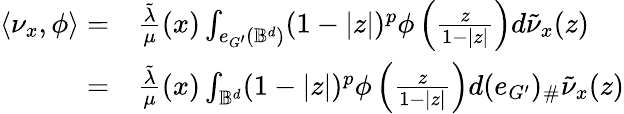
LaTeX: \begin{array}{rl}{\langle\nu_{x},\phi\rangle=}&{\frac{\tilde{\lambda}}{\mu}(x)\int_{e_{G^{\prime}}(\mathbb{B}^{d})}(1-|z|)^{p}\phi\left(\frac{z}{1-|z|}\right)d\tilde{\nu}_{x}(z)}\\ {=}&{\frac{\tilde{\lambda}}{\mu}(x)\int_{\mathbb{B}^{d}}(1-|z|)^{p}\phi\left(\frac{z}{1-|z|}\right)d(e_{G^{\prime}})_{\# }\tilde{\nu}_{x}(z)}\end{array}